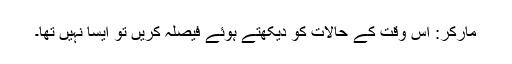
مارکر: اس وقت کے حالات کو دیکھتے ہوئے فیصلہ کریں تو ایسا نہیں تھا۔